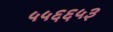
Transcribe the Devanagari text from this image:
५५६६५३